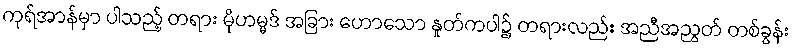
ကုရ်အာန်မှာ ပါသည့် တရား မိုဟမ္မဒ် အခြား ဟောသော နှုတ်ကပါ၌ တရားလည်း အညီအညွတ် တစ်ခွန်း